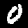
Label: 0